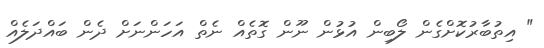
" އިތުބާރުކޮށްގެން ލޯބިން އުޅުން ނޫން ގޮތެއް ނެތް އަހަންނަށް ދެން ބައްދަލެއް